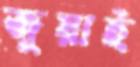
জুয়াই